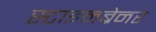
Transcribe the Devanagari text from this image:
स्टाइनब्रेनर